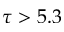
\tau > 5 . 3